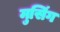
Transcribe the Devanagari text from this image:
मुसिंग